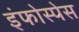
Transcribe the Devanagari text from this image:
इंफोस्पेस